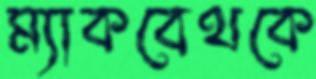
ম্যাকবেথকে